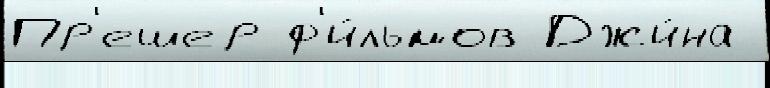
Пр'ешер ф'и́льмов Джи́на